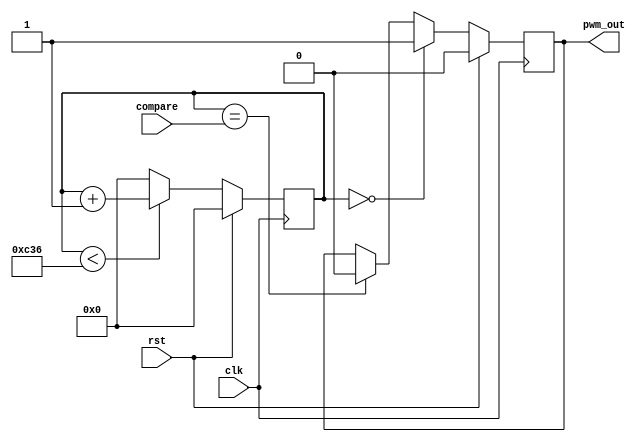

`timescale 1ns / 1ps 
////////////////////////////////////////////////////////////////////////////////// 
//  
// Design Name: PWM Generator 
// Module Name: pwm_gen 
// Project Name: PWM Generator 
// Target Devices: xc7z010clg400-1 
// Tool Versions: Vivado 2014.1 
//  
// Parameters: 
//      WIDTH - How many bits the counter, load, and compare values are 
// 
// Inputs: 
 //      load - The value at which the counter will reset to zero and set the output 
 //      compare - The value at which the counter will clear the output 
 //      control - Register bit map: 
 //              Bit 0: PWM Enable - Output is enabled if this bit is high, disabled otherwise 
 // 
 // Outputs: 
 //      pwm_out - The pulse width modulated signal, or ground if disabled 
 ////////////////////////////////////////////////////////////////////////////////// 

 
module voyaverquehagoconelPWM 
 #(parameter WIDTH=12) ( 
     input wire clk, rst, 
     input wire [WIDTH-1:0]  compare, 
	  
     output wire pwm_out 
 ); 
    
	 reg [11:0] load;
	 
    reg [WIDTH-1:0] count; 
    reg pwm_out_r; 
	 
	
	
      
     // Make sure output is low if PWM is disabled 
     assign pwm_out =  pwm_out_r; 
      
     initial begin 
         pwm_out_r = 1'b0;  
         count = {WIDTH{1'b0}}; 
			load = 12'b110000110110;
    end 
     
     // The counter 
     always @(posedge clk) begin 
         if(rst) 
             count = {WIDTH{1'b0}}; 
         else if (count < load ) 
             count = count + 1; 
         else 
             count = 0; 
     end 
      
     always @(negedge clk) begin 
         if(rst) 
             pwm_out_r = 1'b0; 
         else begin 
             case(count) 
                 0 : pwm_out_r = 1'b1; 
                 compare : pwm_out_r = 1'b0; 
                 default : pwm_out_r = pwm_out_r; 
             endcase 
         end 
     end 
 
 endmodule